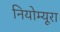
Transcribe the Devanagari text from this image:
नियोम्यूरा